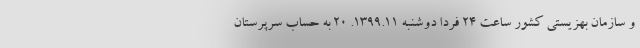
و سازمان بهزیستی کشور ساعت ۲۴ فردا دوشنبه ۱۳۹۹.۱۱. ۲۰ به حساب سرپرستان